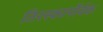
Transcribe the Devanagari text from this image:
तिरस्कार्पोर्वक